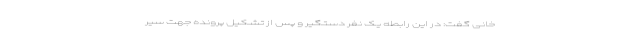
خانی گفت: در این رابطه یک نفر دستگیر و پس از تشکیل پرونده جهت سیر